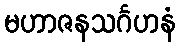
မဟာဇနသင်္ဂဟနံ